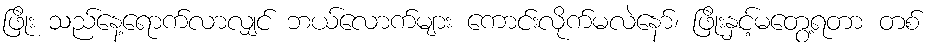
ဖြိုး သည်နေ့ရောက်လာလျှင် ဘယ်လောက်များ ကောင်းလိုက်မလဲနော်၊ ဖြိုးနှင့်မတွေ့ရတာ တစ်